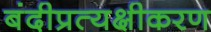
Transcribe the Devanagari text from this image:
बंदीप्रत्यक्षीकरण